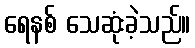
ရေနစ် သေဆုံးခဲ့သည်။